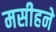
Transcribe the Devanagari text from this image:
मसीहने